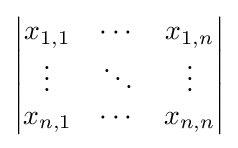
{\begin{vmatrix}x_{1,1}&\cdots &x_{1,n}\\\vdots &\ddots &\vdots \\x_{n,1}&\cdots &x_{n,n}\end{vmatrix}}